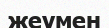
жеумен